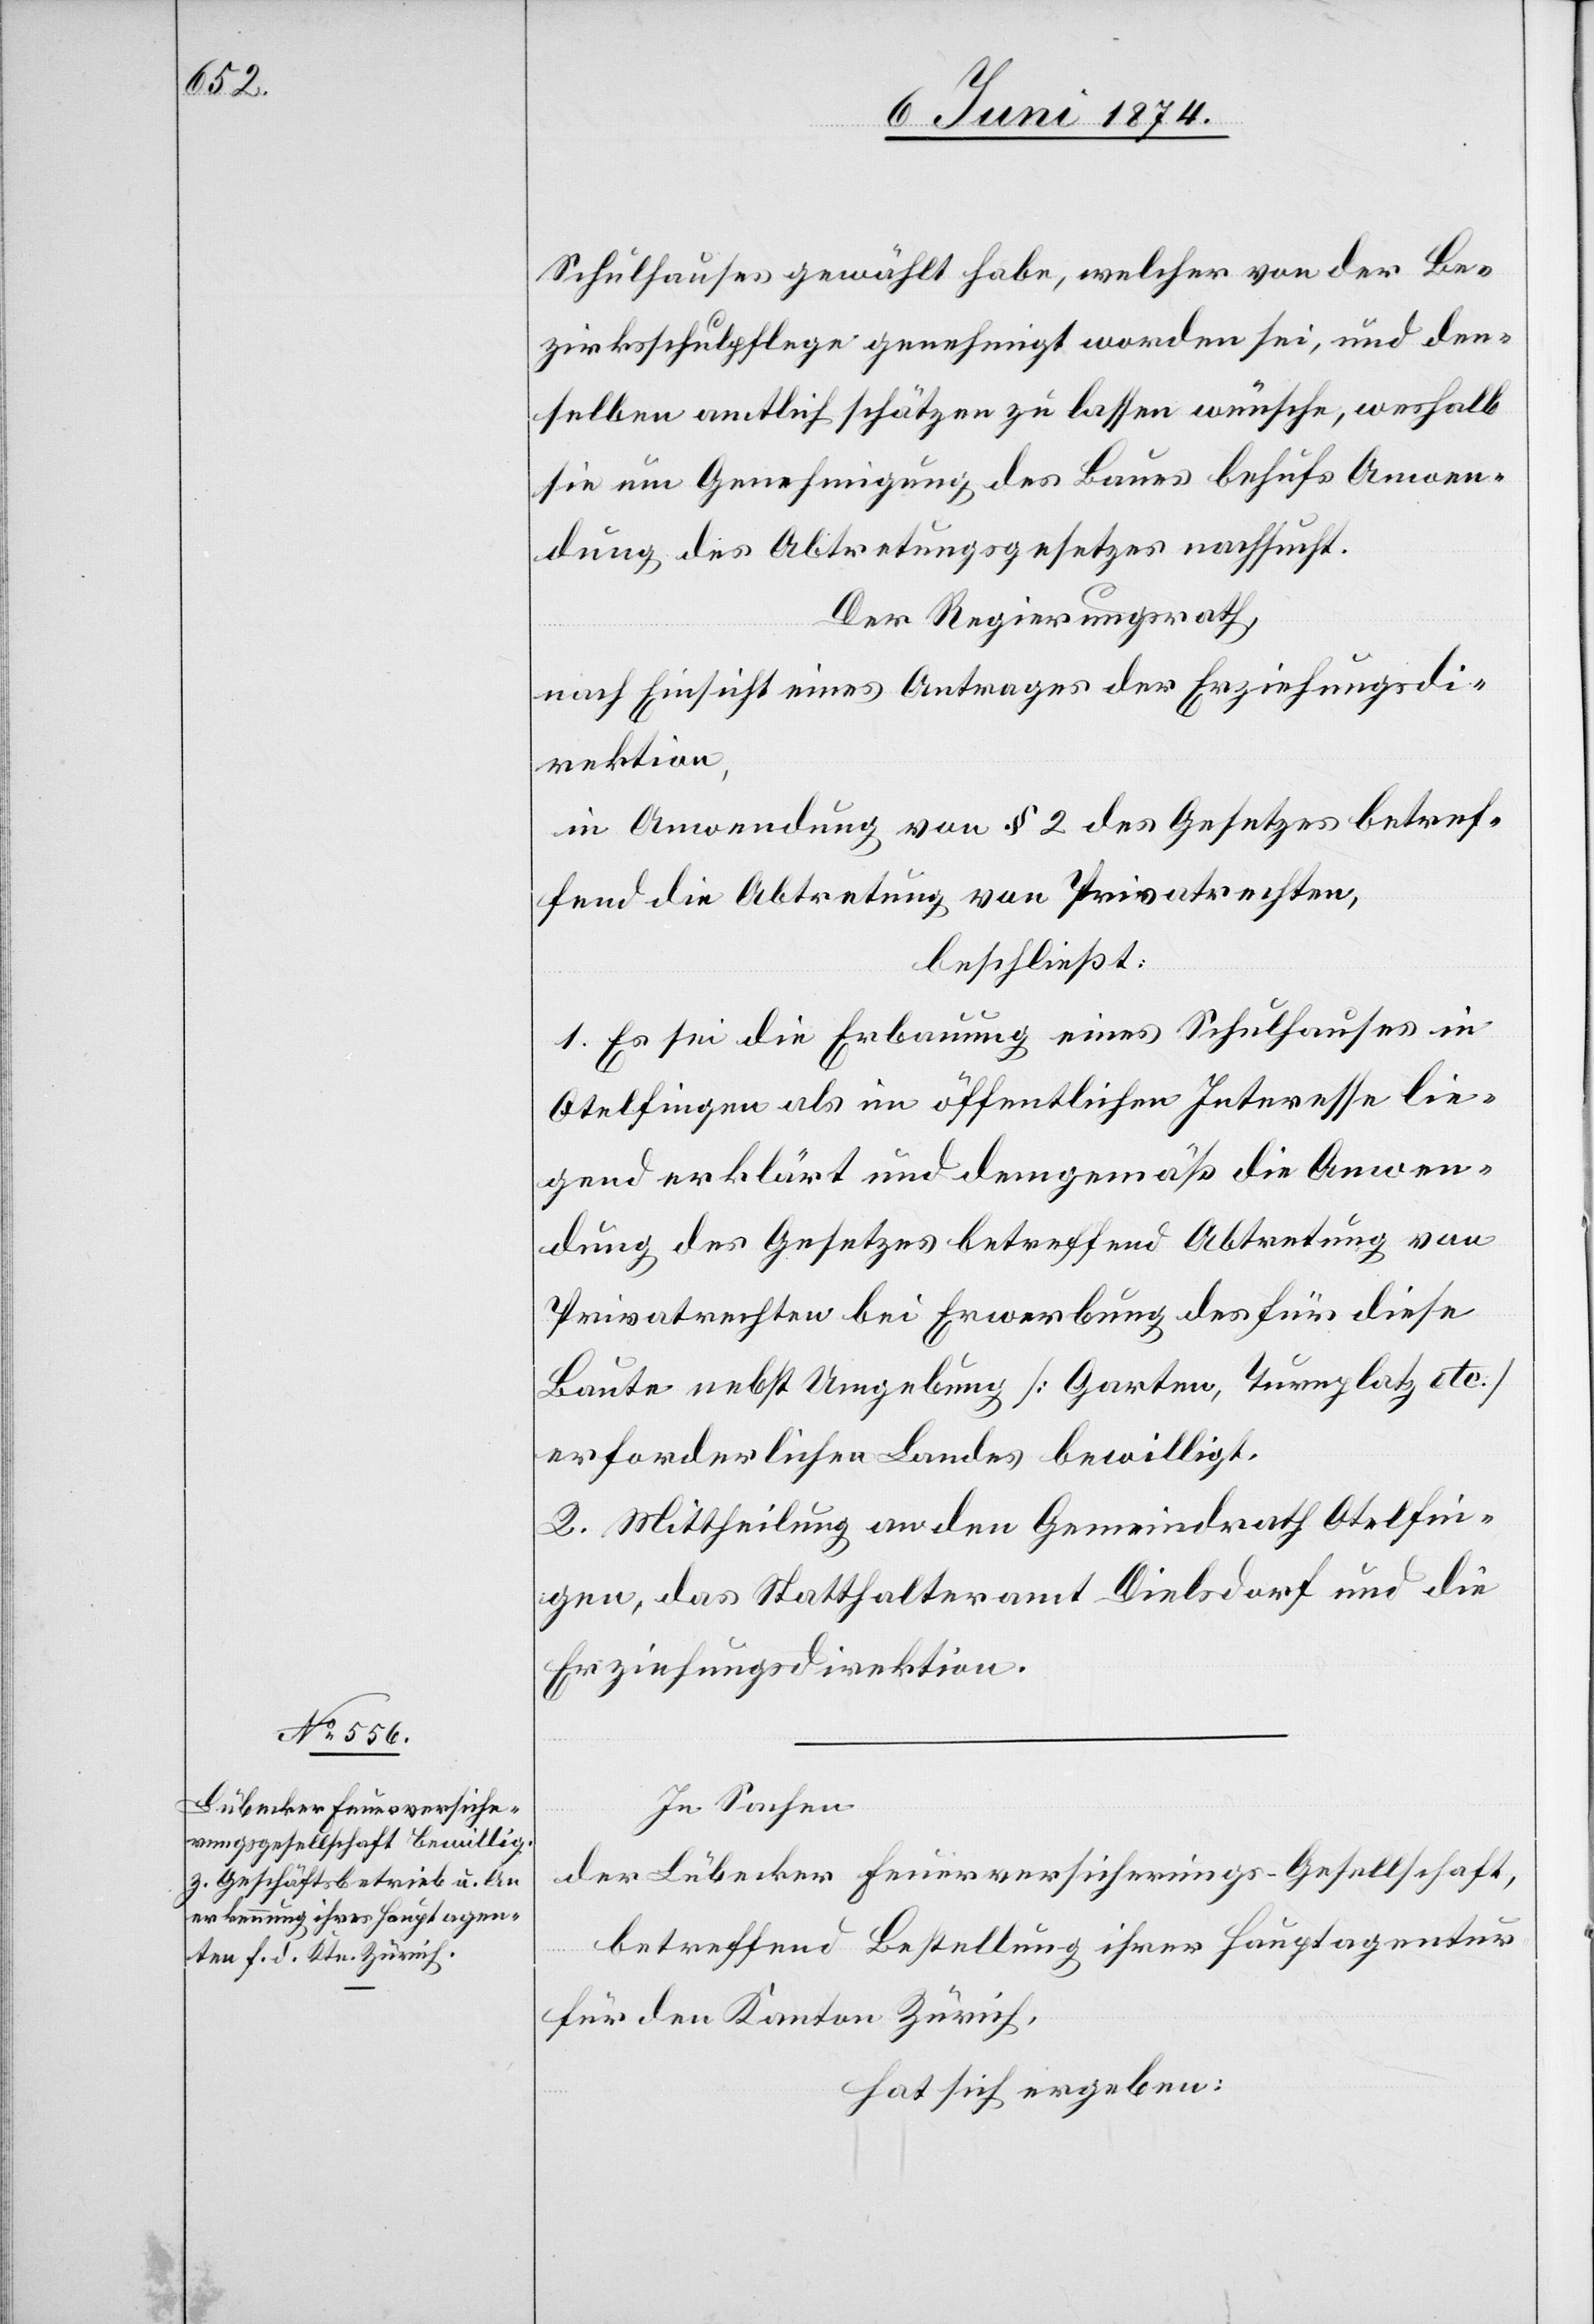
Schulhauses gewählt habe, welcher von der Be¬
zirksschulpflege genehmigt worden sei, und den¬
selben amtlich schätzen zu lassen wünsche, weshalb
sie um Genehmigung des Baues behufs Anwen¬
dung des Abtretungsgeseztes nachsucht.
Der Regierungsrath,
nach Einsicht eines Antrages der Erziehungsdi¬
rektion,
in Anwendung von § 2 des Gesetzes betref¬
fend die Abtretung von Privatrechten,
beschließt:
1. Es sei die Erbauung eines Schulhauses in
Otelfingen als im öffentlichen Interesse lie¬
gend erklärt und demgemäß die Anwen¬
dung des Gesetzes betreffend Abtretung von
Privatrechten bei Erwerbung des für diese
Baute nebst Umgebung [Garten, Turnplatz etc.]
erforderlichen Landes bewilligt.
2. Mittheilung an den Gemeindrath Otelfin¬
gen, das Statthalteramt Dielsdorf und die
Erziehungsdirektion.
In Sachen
der Lübecker Feuerversicherungs-Gesellschaft,
betreffend Bestellung ihrer Hauptagentur
für den Kanton Zürich,
hat sich ergeben: